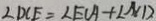
\angle D C E = \angle E C A + \angle N D